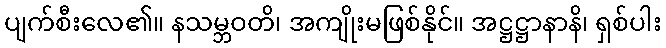
ပျက်စီးလေ၏။ နသမ္ဘဝတိ၊ အကျိုးမဖြစ်နိုင်။ အဋ္ဌဋ္ဌာနာနိ၊ ရှစ်ပါး